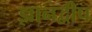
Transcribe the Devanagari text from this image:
ज्ञानद्वीप